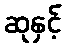
ဆုနှင့်